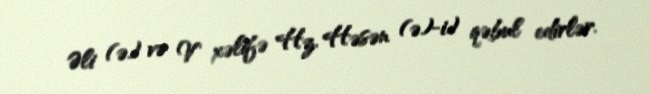
Əli (ə) və V xəlifə Hz. Həsən (ə)-i) qəbul edirlər.